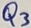
Text: Q3